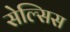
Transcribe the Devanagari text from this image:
सेल्सिस